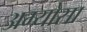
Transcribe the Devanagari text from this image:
अम्योसा